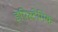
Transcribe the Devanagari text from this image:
इपिस्टेमिक